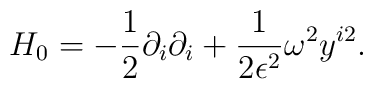
H_0 = -\frac{1}{2}\partial_i\partial_i + \frac{1}{2\epsilon^2}\omega^2y^{i2}.